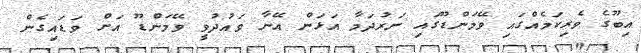
އިބޫގެ ވެރިކަމެއްގައި ވޭމަންޑޫގައި ނަރުދަމާ އަޅަން އޭނާ ވައުދުވީ ވޭމަންޑޫ އަށް ވަޑައިގެން